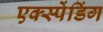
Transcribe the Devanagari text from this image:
एक्स्पेंडिंग